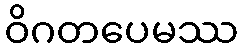
ဝိဂတပေမဿ